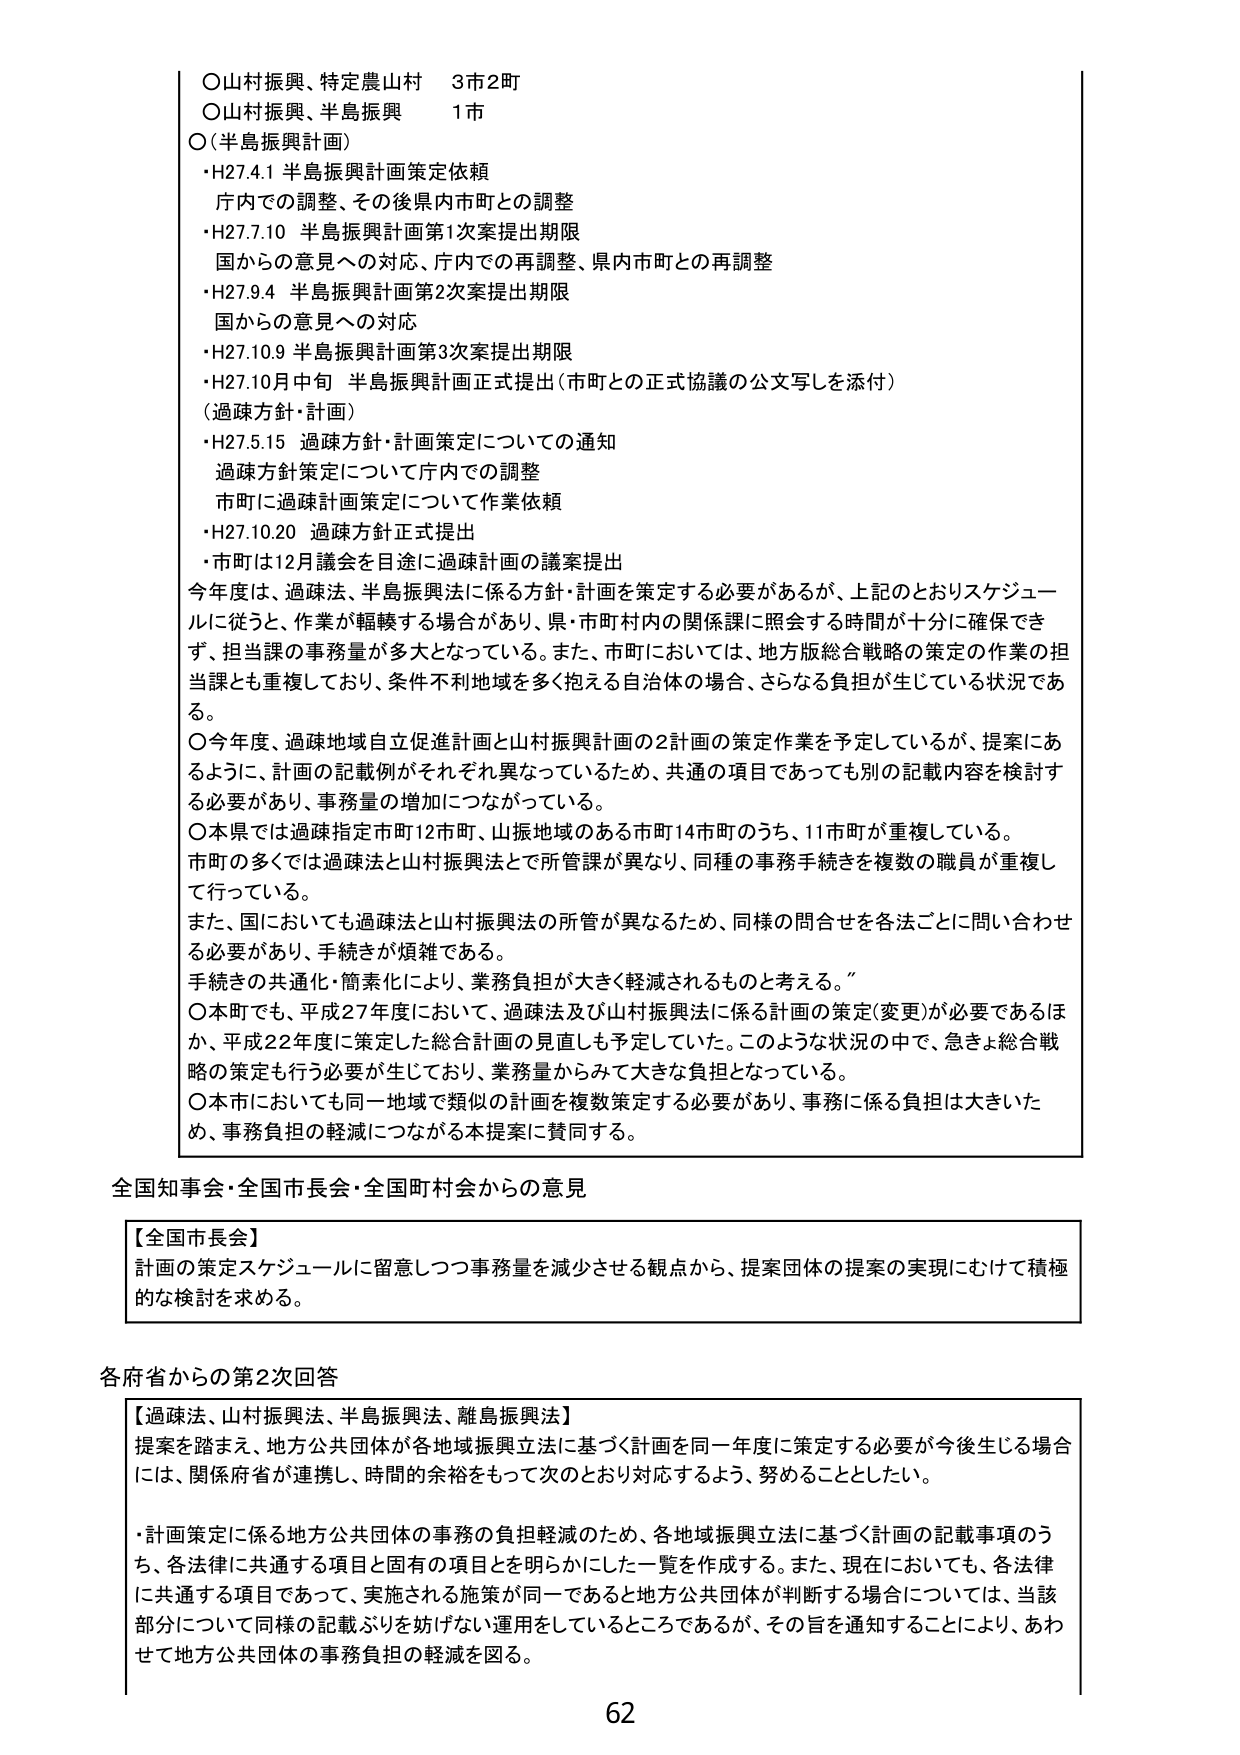
○山村振興、特定農山村　3市2町
○山村振興、半島振興　1市
○（半島振興計画）
・H27.4.1 半島振興計画策定依頼
　庁内での調整、その後県内市町との調整
・H27.7.10 半島振興計画第1次案提出期限
　国からの意見への対応、庁内での再調整、県内市町との再調整
・H27.9.4 半島振興計画第2次案提出期限
　国からの意見への対応
・H27.10.9 半島振興計画第3次案提出期限
・H27.10月中旬 半島振興計画正式提出（市町との正式協議の公文写しを添付）
（過疎方針・計画）
・H27.5.15 過疎方針・計画策定についての通知
　過疎方針策定について庁内での調整
　市町に過疎計画策定について作業依頼
・H27.10.20 過疎方針正式提出
　・市町は12月議会を目途に過疎計画の議案提出

今年度は、過疎法、半島振興法に係る方針・計画を策定する必要があるが、上記のとおりスケジュールに従うと、作業が軸轢する場合があり、県・市町村内の関係課に照会する時間が十分に確保できず、担当課の事務量が多大となっている。また、市町においては、地方版総合戦略の策定の作業の担当課とも重複しており、条件不利地域を多く抱える自治体の場合、さらなる負担が生じている状況である。

○今年度、過疎地域自立促進計画と山村振興計画の2計画の策定作業を予定しているが、提案にあるように、計画の記載例がそれぞれ異なっているため、共通の項目であっても別の記載内容を検討する必要があり、事務量の増加につながっている。

○本県では過疎指定市町12市町、山振地域のある市町14市町のうち、11市町が重複している。
市町の多くでは過疎法と山村振興法とで所管課が異なり、同種の事務手続きを複数の職員が重複して行っている。

また、国においても過疎法と山村振興法の所管が異なるため、同様の問合せを各法ごとに問い合わせる必要があり、手続きが煩雑である。
手続きの共通化・簡素化により、業務負担が大きく軽減されるものと考える。

○本町でも、平成27年度において、過疎法及び山村振興法に係る計画の策定（変更）が必要であるほか、平成22年度に策定した総合計画の見直しも予定していた。このような状況の中で、急きょ総合戦略の策定も行う必要が生じており、業務量からみて大きな負担となっている。

○本市においても同一地域で類似の計画を複数策定する必要があり、事務に係る負担は大きいため、事務負担の軽減につながる本提案に賛同する。

全国知事会・全国市長会・全国町村会からの意見

【全国市長会】
計画の策定スケジュールに留意しつつ事務量を減少させる観点から、提案団体の提案の実現にむけて積極的な検討を求める。

各府省からの第2次回答

【過疎法、山村振興法、半島振興法、離島振興法】
提案を踏まえ、地方公共団体が各地域振興立法に基づく計画を同一年度に策定する必要が今後生じる場合には、関係府省が連携し、時間の余裕をもって次のとおり対応するよう、努めることとしたい。

・計画策定に係る地方公共団体の事務の負担軽減のため、各地域振興立法に基づく計画の記載事項のうち、各法律に共通する項目と固有の項目を明らかにした一覧を作成する。また、現在においても、各法律に共通する項目であって、実施される施策が同一であると地方公共団体が判断する場合については、当該部分について同様の記載ぶりを妨げない運用をしているところであるが、その旨を通知することにより、あわせて地方公共団体の事務負担の軽減を図る。

62